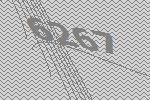
6267